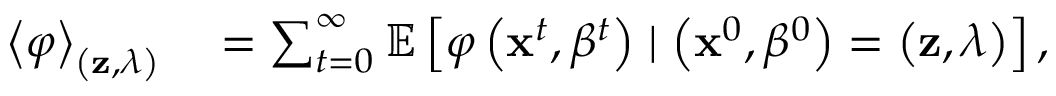
\begin{array} { r l } { \left< \varphi \right> _ { \left( \mathbf { z } , \lambda \right) } } & { { } = \sum _ { t = 0 } ^ { \infty } \mathbb { E } \left[ \varphi \left( \mathbf { x } ^ { t } , \beta ^ { t } \right) \mid \left( \mathbf { x } ^ { 0 } , \beta ^ { 0 } \right) = \left( \mathbf { z } , \lambda \right) \right] , } \end{array}